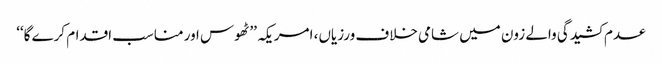
عدم کشیدگی والے زون میں شامی خلاف ورزیاں، امریکہ ’’ٹھوس اور مناسب اقدام کرے گا‘‘